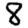
Digit: 8